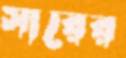
সারের